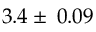
3 . 4 \pm \: 0 . 0 9